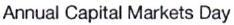
Annual Capital Markets Day